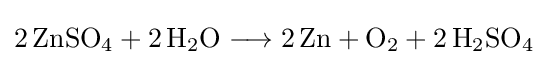
{2\,\mathrm {ZnSO} {\vphantom {A}}_{\smash[{t}]{4}}{}+{}2\,\mathrm {H} {\vphantom {A}}_{\smash[{t}]{2}}\mathrm {O} {}\mathrel {\longrightarrow } {}2\,\mathrm {Zn} {}+{}\mathrm {O} {\vphantom {A}}_{\smash[{t}]{2}}{}+{}2\,\mathrm {H} {\vphantom {A}}_{\smash[{t}]{2}}\mathrm {SO} {\vphantom {A}}_{\smash[{t}]{4}}}